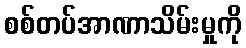
စစ်တပ်အာဏာသိမ်းမှုကို